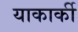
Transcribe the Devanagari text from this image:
याकार्की